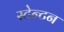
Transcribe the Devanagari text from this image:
स्टेन्टन